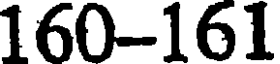
160-161